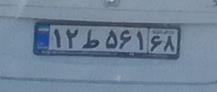
۱۲ط۵۶۱۶۸